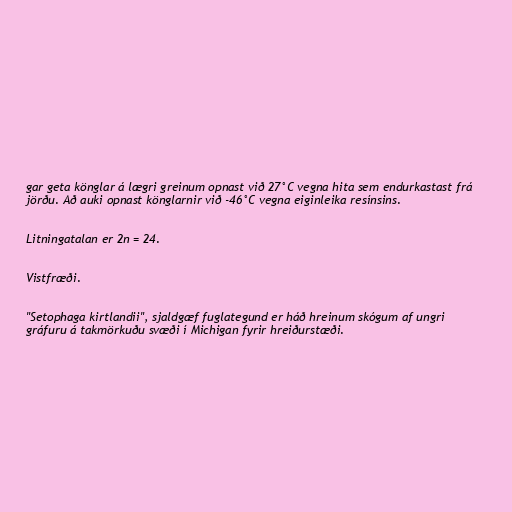
gar geta könglar á lægri greinum opnast við 27°C vegna hita sem endurkastast frá
jörðu. Að auki opnast könglarnir við -46°C vegna eiginleika resínsins.

Litningatalan er 2n = 24.

Vistfræði.

"Setophaga kirtlandii", sjaldgæf fuglategund er háð hreinum skógum af ungri
gráfuru á takmörkuðu svæði í Michigan fyrir hreiðurstæði.